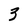
Character: 3